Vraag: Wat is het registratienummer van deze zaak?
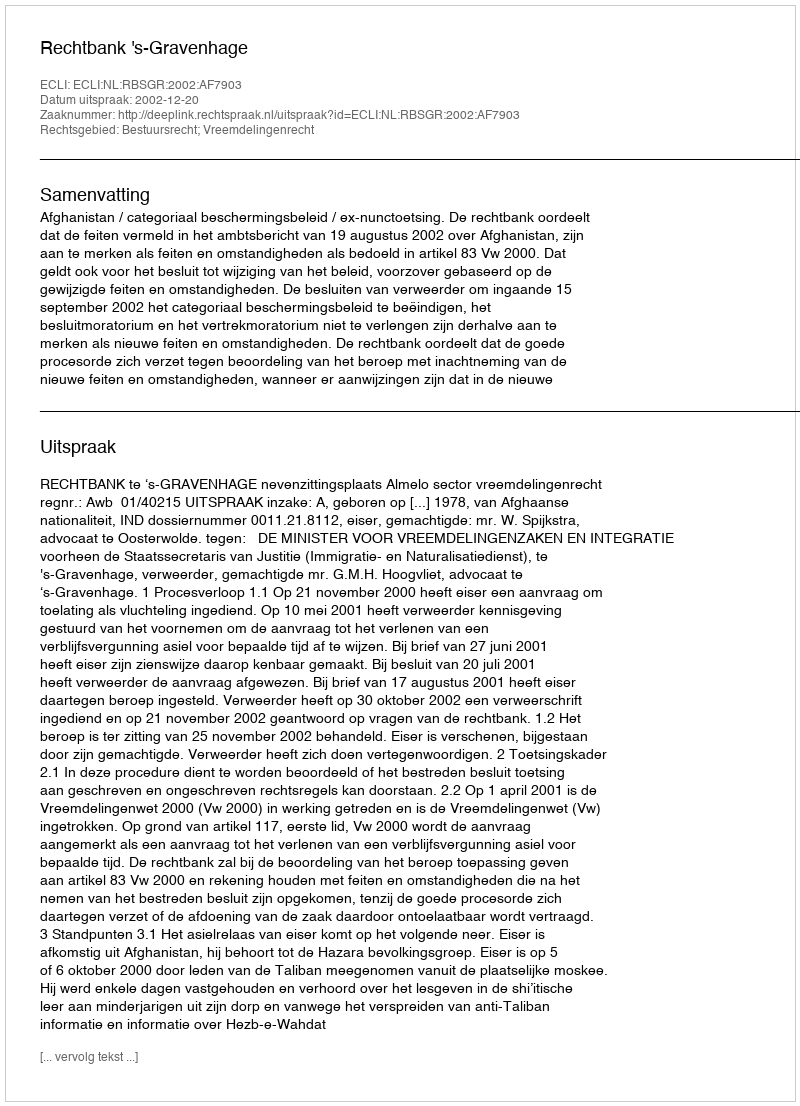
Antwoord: http://deeplink.rechtspraak.nl/uitspraak?id=ECLI:NL:RBSGR:2002:AF7903